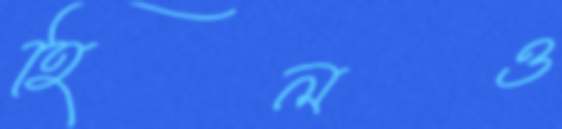
হিলও